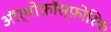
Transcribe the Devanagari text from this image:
ऑर्थोफ़ॉस्फ़ोरिक